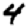
Digit: 4